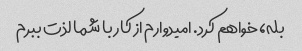
بله، خواهم کرد. امیدوارم از کار با شما لذت ببرم